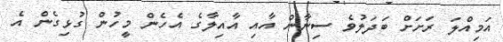
އަމިއްލަ ރަށަށް ބަދަލުވެ ސިނާން އާއި އާއިލާގެ އެހެން މީހުންް ގުޅިގެން އެ